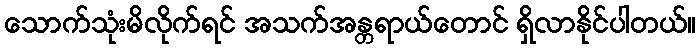
သောက်သုံးမိလိုက်ရင် အသက်အန္တရာယ်တောင် ရှိလာနိုင်ပါတယ်။